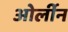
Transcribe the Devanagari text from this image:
ओर्लीन